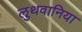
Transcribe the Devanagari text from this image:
लुथवानिया